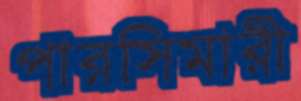
পারসিমারী